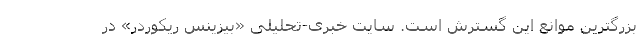
بزرگترین موانع این گسترش است. سایت خبری-تحلیلی «بیزینس ریکوردر» در